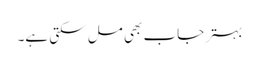
بہتر جاب بھی مل سکتی ہے۔